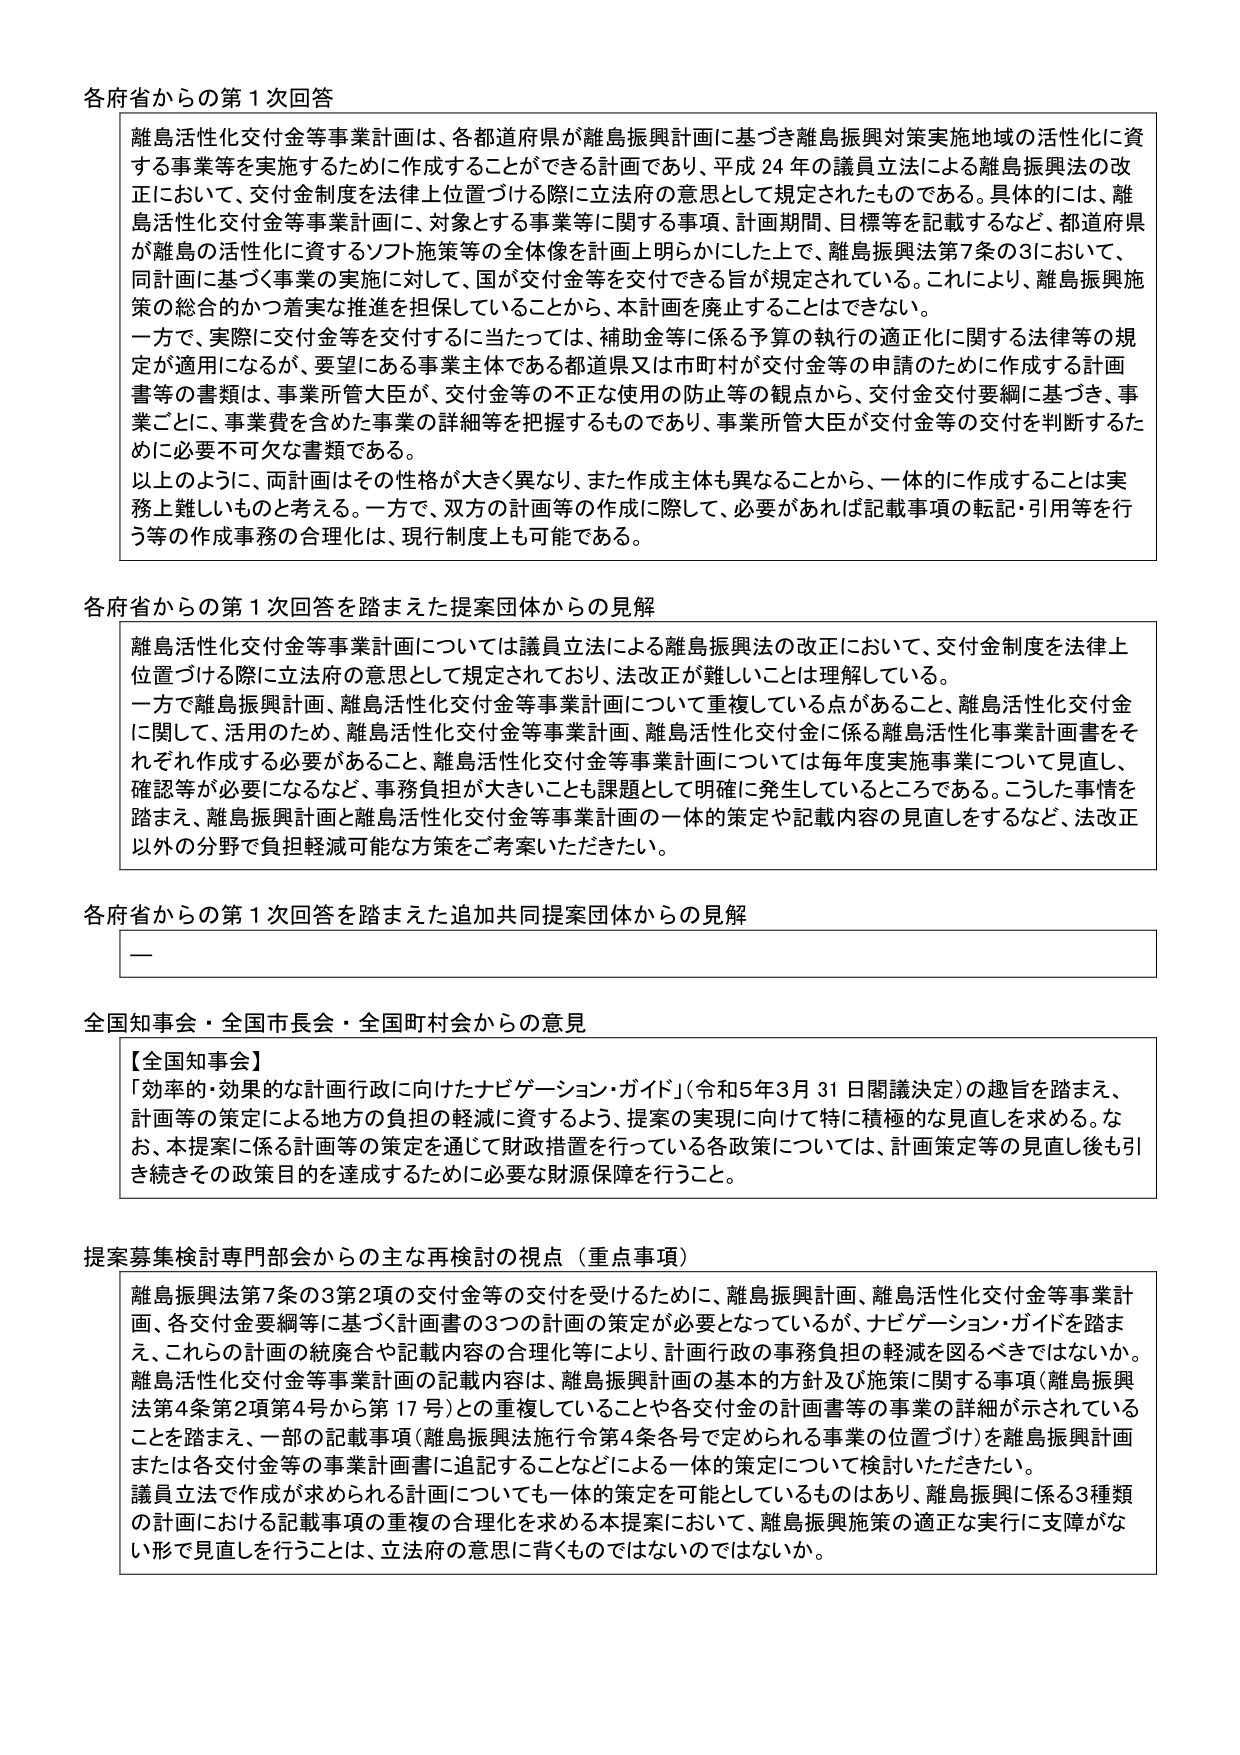
各府省からの第1次回答

離島活性化交付金等事業計画は、各都道府県が離島振興計画に基づき離島振興対策実施地域の活性化に資する事業等を実施するために作成することができる計画であり、平成24年の議員立法による離島振興法の改正において、交付金制度を法律上位置づける際に立法府の意思として規定されたものである。具体的には、離島活性化交付金等事業計画に、対象とする事業等に関する事項、計画期間、目標等を記載するなど、都道府県が離島の活性化に資するソフト施策等の全体像を計画上明らかにした上で、離島振興法第7条の3において、同計画に基づく事業の実施に対して、国が交付金等を交付できる旨が規定されている。これにより、離島振興施策の総合的かつ着実な推進を担保していることから、本計画を廃止することはできない。

一方で、実際に交付金等を交付するに当たっては、補助金等に係る予算の執行の適正化に関する法律等の規定が適用になるが、要望にある事業主体である都道県又は市町村が交付金等の申請のために作成する計画書等の書類は、事業所管大臣が、交付金等の不正な使用の防止等の観点から、交付金交付要綱に基づき、事業ごとに、事業費を含めた事業の詳細等を把握するものであり、事業所管大臣が交付金等の交付を判断するために必要不可欠な書類である。

以上のように、両計画はその性格が大きく異なり、また作成主体も異なることから、一体的に作成することは実務上難しいものと考える。一方で、双方の計画等の作成に際して、必要があれば記載事項の転記・引用等を行う等の作成事務の合理化は、現行制度上も可能である。

各府省からの第1次回答を踏まえた提案団体からの見解

離島活性化交付金等事業計画については議員立法による離島振興法の改正において、交付金制度を法律上位置づける際に立法府の意思として規定されており、法改正が難しいことは理解している。

一方で離島振興計画、離島活性化交付金等事業計画について重複している点があること、離島活性化交付金に関して、活用のため、離島活性化交付金等事業計画、離島活性化交付金に係る離島活性化事業計画書をそれぞれ作成する必要があること、離島活性化交付金等事業計画については毎年度実施事業について見直し、確認等が必要になるなど、事務負担が大きいことも課題として明確に発生しているところである。こうした事情を踏まえ、離島振興計画と離島活性化交付金等事業計画の一体的策定や記載内容の見直しをするなど、法改正以外の分野で負担軽減可能な方策をご考案いただきたい。

各府省からの第1次回答を踏まえた追加共同提案団体からの見解

—

全国知事会・全国市長会・全国町村会からの意見

【全国知事会】
「効率的・効果的な計画行政に向けたナビゲーション・ガイド」（令和5年3月31日閣議決定）の趣旨を踏まえ、計画等の策定による地方の負担の軽減に資するよう、提案の実現に向けて特に積極的な見直しを求める。なお、本提案に係る計画等の策定を通じて財政措置を行っている各政策については、計画策定等の見直し後も引き続きその政策目的を達成するために必要な財源保障を行うこと。

提案募集検討専門部会からの主な再検討の視点（重点事項）

離島振興法第7条の3第2項の交付金等の交付を受けるために、離島振興計画、離島活性化交付金等事業計画、各交付金要綱等に基づく計画書の3つの計画の策定が必要となっているが、ナビゲーション・ガイドを踏まえ、これらの計画の統廃合や記載内容の合理化等により、計画行政の事務負担の軽減を図るべきではないか。離島活性化交付金等事業計画の記載内容は、離島振興計画の基本的方針及び施策に関する事項（離島振興法第4条第2項第4号から第17号）との重複していることや各交付金の計画書等の事業の詳細が示されていることを踏まえ、一部の記載事項（離島振興法施行令第4条各号で定められる事業の位置づけ）を離島振興計画または各交付金等の事業計画書に追記することなどによる一体的策定について検討いただきたい。

議員立法で作成が求められる計画についても一体的策定を可能としているものがあり、離島振興に係る3種類の計画における記載事項の重複の合理化を求める本提案において、離島振興施策の適正な実行に支障がない形で見直しを行うことは、立法府の意思に背くものではないのではないか。